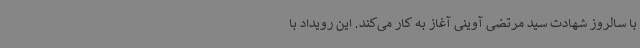
با سالروز شهادت سید مرتضی آوینی آغاز به کار می‌کند. این رویداد با